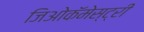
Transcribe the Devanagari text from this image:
जिओकॅमेस्ट्री